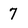
Character: 7